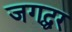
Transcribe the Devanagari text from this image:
जगद्घर